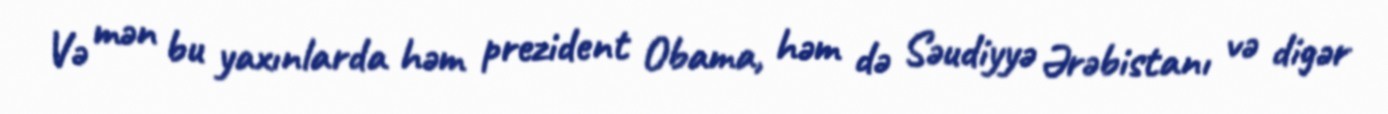
Və mən bu yaxınlarda həm prezident Obama, həm də Səudiyyə Ərəbistanı və digər